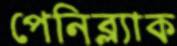
পেনিব্ল্যাক